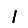
Digit: 1